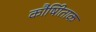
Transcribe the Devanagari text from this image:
कौषीिताक